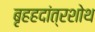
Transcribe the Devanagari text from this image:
बृहहदांत्रशोथ